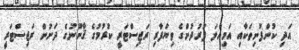
އަދި ކުންފުނިތަކާއި އަމިއްލަ ފަރުދުންގެ ވިޔަފާރި ރަޖިސްޓަރީ ކުރުމުގެ ޤާނޫނުގެ ދަށުން ރަޖިސްޓަރީ